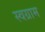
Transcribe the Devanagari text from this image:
स्वग्राम